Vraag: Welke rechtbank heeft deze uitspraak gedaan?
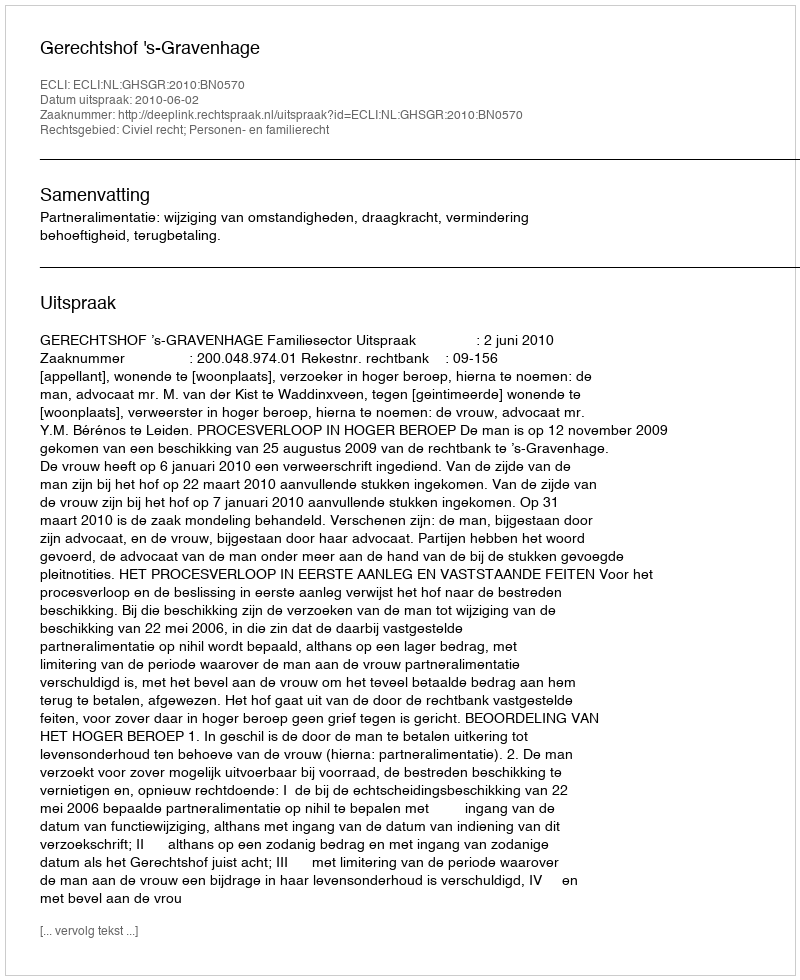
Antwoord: Gerechtshof 's-Gravenhage